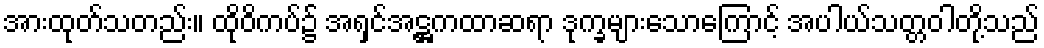
အားထုတ်သတည်း။ ထိုဝိကပ်၌ အရှင်အဋ္ဌကထာဆရာ ဒုက္ခများသောကြောင့် အပါယ်သတ္တဝါတို့သည်